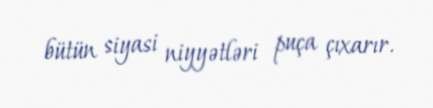
bütün siyasi niyyətləri puça çıxarır.